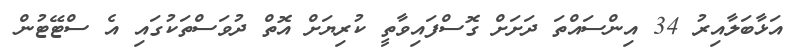
އަޅާބަލާއިރު 34 އިންސައްތަ ދަށަށް ގޮސްފައިވާތީ ކުރިޔަށް އޮތް ދުވަސްތަކުގައި އެ ސްޓޭޓުން